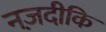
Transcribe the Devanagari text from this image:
नज़दीकि